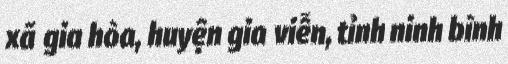
xã gia hòa, huyện gia viễn, tỉnh ninh bình